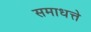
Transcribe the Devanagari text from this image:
समाधत्ते